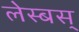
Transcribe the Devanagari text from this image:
लेस्बस्